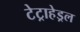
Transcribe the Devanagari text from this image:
टेट्राहेड्रल